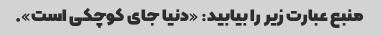
منبع عبارت زیر را بیابید: «دنیا جای کوچکی است».